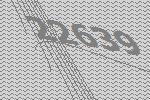
22639